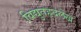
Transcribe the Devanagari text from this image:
विद्युतहृदलेख